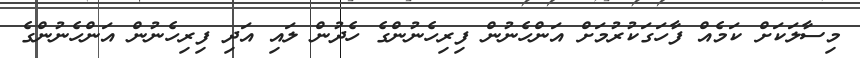
މިސާލަކަށް ކަމެއް ފާހަގަކުރުމަށް އަންހެނުން ފިރިހެނުންގެ ހެދުން ލައި އަދި ފިރިހެނުން އަންހެނުންގެ